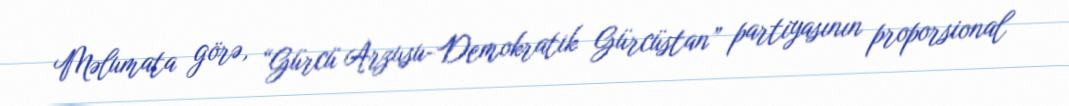
Məlumata görə, “Gürcü Arzusu-Demokratik Gürcüstan” partiyasının proporsional